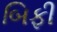
બિફી